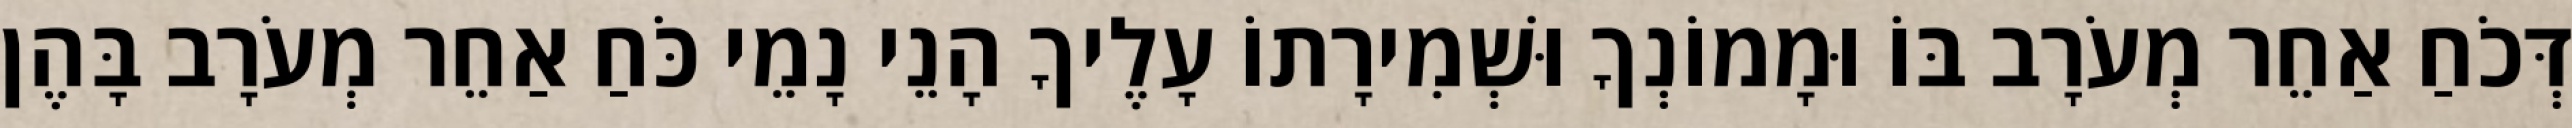
דְּכֹחַ אַחֵר מְעֹרָב בּוֹ וּמָמוֹנְךָ וּשְׁמִירָתוֹ עָלֶיךָ הָנֵי נָמֵי כֹּחַ אַחֵר מְעֹרָב בָּהֶן